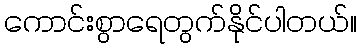
ကောင်းစွာရေတွက်နိုင်ပါတယ်။